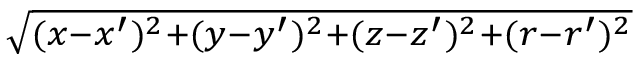
\scriptstyle { \sqrt { ( x - x ^ { \prime } ) ^ { 2 } + ( y - y ^ { \prime } ) ^ { 2 } + ( z - z ^ { \prime } ) ^ { 2 } + ( r - r ^ { \prime } ) ^ { 2 } } }